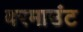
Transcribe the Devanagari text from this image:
वरमाउंट